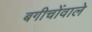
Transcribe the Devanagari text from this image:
बगीचोंवाले